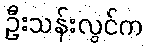
ဦးသန်းလွင်က